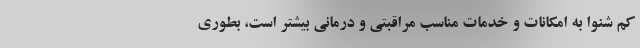
کم شنوا به امکانات و خدمات مناسب مراقبتی و درمانی بیشتر است، بطوری